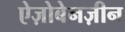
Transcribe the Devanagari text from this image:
ऐज़ोबेनज़ीन